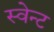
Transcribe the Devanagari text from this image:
स्वेन्ट